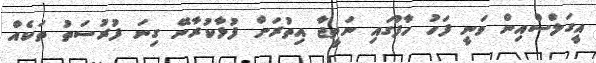
އީގަލްސްއިން ވަނީ ފަހު ހާފުގައި ނަތީޖާ އިތުރަށް ފުޅާކުރާނޭ ގިނަ ފުރުސަތު ތަކެއް